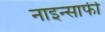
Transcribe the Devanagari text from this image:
नाइन्साफी